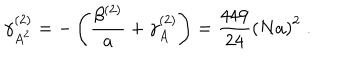
\gamma _ { A ^ { 2 } } ^ { ( 2 ) } = - \left( \frac { \beta ^ { ( 2 ) } } { a } + \gamma _ { A } ^ { ( 2 ) } \right) = \frac { 4 4 9 } { 2 4 } \left( N a \right) ^ { 2 } \; .